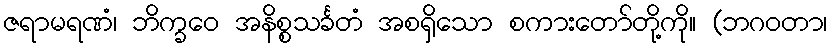
ဇရာမရဏံ၊ ဘိက္ခဝေ အနိစ္စသင်္ခတံ အစရှိသော စကားတော်တို့ကို။ (ဘဂဝတာ၊